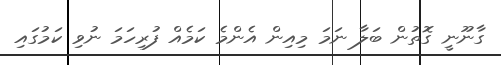
ގާނޫނީ ގޮތުން ބަލާ ނަމަ މިއިން އެންމެ ކަމެއް ފުރިހަމަ ނުވި ކަމުގައި